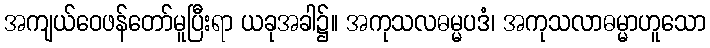
အကျယ်ဝေဖန်တော်မူပြီးရာ ယခုအခါ၌။ အကုသလဓမ္မပဒံ၊ အကုသလာဓမ္မာဟူသော